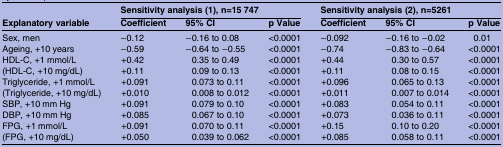
| <ROWSPAN=2> Explanatory variable | <COLSPAN=3> Sensitivity analysis (1), n=15 747 | <COLSPAN=3> Sensitivity analysis (2), n=5261 |
 | Coefficient | 95% CI | p Value | Coefficient | 95% CI | p Value |
 | --- | --- | --- | --- | --- | --- | --- |
 | Sex, men | −0.12 | −0.16 to 0.08 | <0.0001 | −0.092 | −0.16 to −0.02 | 0.01 |
 | Ageing, +10 years | −0.59 | −0.64 to −0.55 | <0.0001 | −0.74 | −0.83 to −0.64 | <0.0001 |
 | HDL-C, +1 mmol/L | +0.42 | 0.35 to 0.49 | <0.0001 | +0.44 | 0.30 to 0.57 | <0.0001 |
 | (HDL-C, +10 mg/dL) | +0.11 | 0.09 to 0.13 | <0.0001 | +0.11 | 0.08 to 0.15 | <0.0001 |
 | Triglyceride, +1 mmol/L | +0.091 | 0.073 to 0.11 | <0.0001 | +0.096 | 0.065 to 0.13 | <0.0001 |
 | (Triglyceride, +10 mg/dL) | +0.010 | 0.008 to 0.012 | <0.0001 | +0.011 | 0.007 to 0.014 | <0.0001 |
 | SBP, +10 mm Hg | +0.091 | 0.079 to 0.10 | <0.0001 | +0.083 | 0.054 to 0.11 | <0.0001 |
 | DBP, +10 mm Hg | +0.085 | 0.067 to 0.10 | <0.0001 | +0.073 | 0.036 to 0.11 | <0.0001 |
 | FPG, +1 mmol/L | +0.091 | 0.070 to 0.11 | <0.0001 | +0.15 | 0.10 to 0.20 | <0.0001 |
 | (FPG, +10 mg/dL) | +0.050 | 0.039 to 0.062 | <0.0001 | +0.085 | 0.058 to 0.11 | <0.0001 |